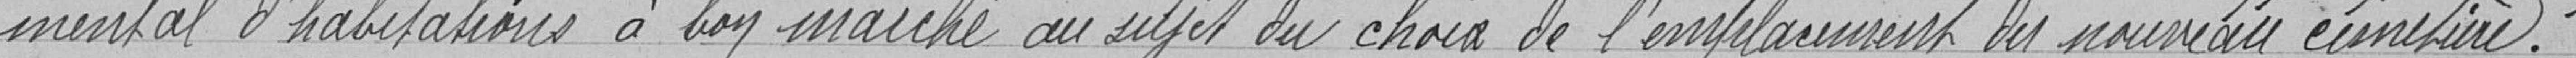
mental d'habitations à bon marché au sujet du choix de l'emplacement du nouveau cimetière.